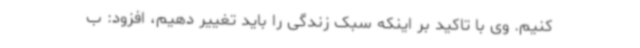
کنیم. وی با تاکید بر اینکه سبک زندگی را باید تغییر دهیم، افزود: ب